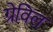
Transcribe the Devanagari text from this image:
ग्रेविल